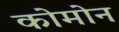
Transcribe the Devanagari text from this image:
कोमोन